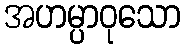
အဟမ္ပာဝုသော